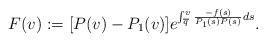
LaTeX: \begin{align*}F(v):=[P(v)-P_1(v)]e^{\int_{\overline q}^v \frac{-f(s)}{P_1(s)P(s)}ds}.\end{align*}